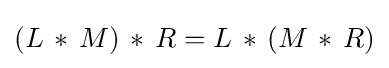
(L\,\ast \,M)\,\ast \,R=L\,\ast \,(M\,\ast \,R)